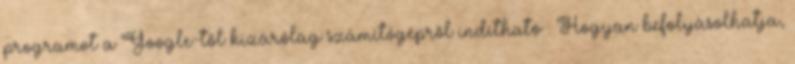
programot a Google-től kizárólag számítógépről indítható . Hogyan befolyásolhatja,